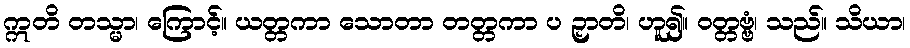
ဣတိ တသ္မာ၊ ကြောင့်။ ယတ္တကာ သောတာ တတ္တကာ ပ ဉှာတိ၊ ဟူ၍။ ဝတ္တဗ္ဗံ၊ သည်။ သိယာ၊